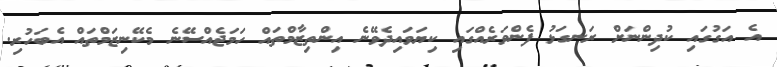
އެ އަގުގައި ކުދިންނަށް ރަނގަޅު ފެންވަރެއްގައި ކިޔަވައިދެވޭނެ އިންތިޒާމްތައް ހަމަޖެއްސޭނެ މެކޭނިޒަމްތައް އެބަހުރި.